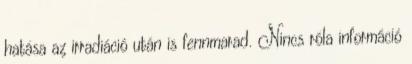
hatása az irradiáció után is fennmarad. Nincs róla információ